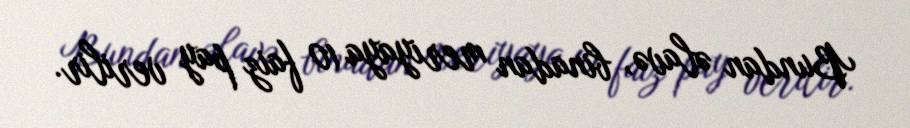
Bundan əlavə, binadan meriyaya 10 faiz pay verilir.